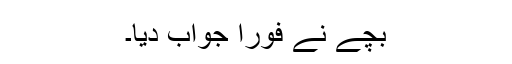
بچے نے فوراً جواب دیا۔